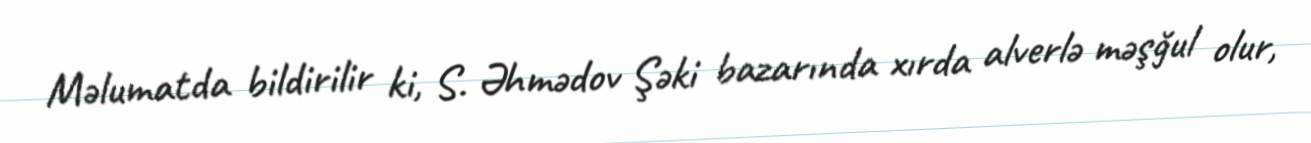
Məlumatda bildirilir ki, S. Əhmədov Şəki bazarında xırda alverlə məşğul olur,